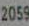
2059